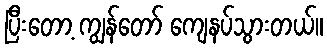
ပြီးတော့ ကျွန်တော် ကျေနပ်သွားတယ်။